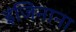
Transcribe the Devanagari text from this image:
इंजिनाना